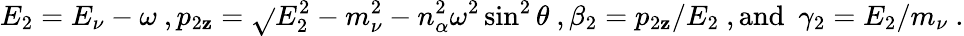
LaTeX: E_{2}=E_{\nu}-\omega\ ,p_{2\mathbf{z}}=\sqrt{}{{E_{2}^{2}-m_{\nu}^{2}-n_{\alpha}^{2}\omega^{2}\sin^{2}\theta}}\ ,\beta_{2}=p_{2\mathbf{z}}/E_{2}\ ,\mathrm{{and\ \ }}\gamma_{2}=E_{2}/m_{\nu}\ .